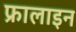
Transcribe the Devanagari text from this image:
फ्रालाइन